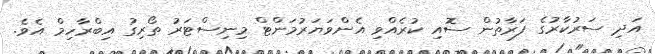
އަދި ސަރުކާރުގެ ފަރާތުން ސޮއި ކުރެއްވި އެންވަޔަރުމަންޓް މިނިސްޓަރު ތޯރިގު އިބްރާހިމް އެވެ.